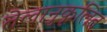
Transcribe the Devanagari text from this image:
तेलानुकूलित